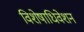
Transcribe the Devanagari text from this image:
विशेषाधिवेशन